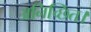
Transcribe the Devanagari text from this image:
अनिच्छित।